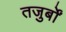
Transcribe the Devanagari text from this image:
तजुर्बों